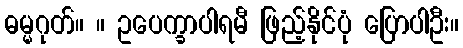
ဓမ္မဂုတ်။ ။ ဥပေက္ခာပါရမီ ဖြည့်နိုင်ပုံ ပြောပါဦး။